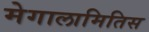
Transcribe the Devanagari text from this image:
मेगालामितिस